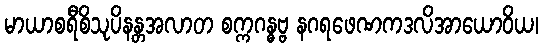
မာယာစရီစိသုပိနန္တအလာတ စက္ကဂန္ဓဗ္ဗ နဂရဖေဏကဒလိအာယောဝိယ၊